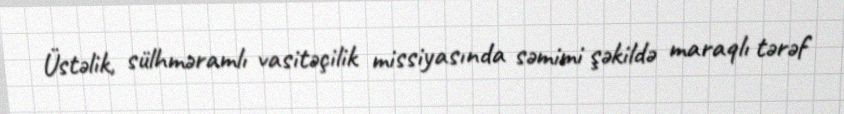
Üstəlik, sülhməramlı vasitəçilik missiyasında səmimi şəkildə maraqlı tərəf